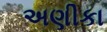
અણીકા